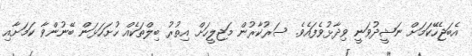
އެބަޖެހޭކަމަށް ނަޝީދުވަނީ ވިދާޅުވެފައެވެ. ސަރުކާރުން މަޖިލީހަށް އިތުރު ބިލްތަކެއް ހުށަހަޅަން ބޭނުންވާ ކަމަށާއި